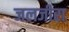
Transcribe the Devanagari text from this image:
जलजीरा